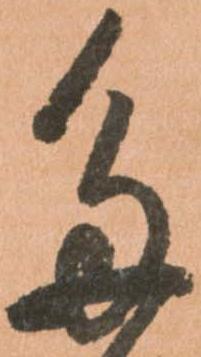
多